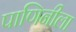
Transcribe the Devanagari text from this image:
पाणिनीला